Report of the Indian Hemp Drugs Commission, 1894-1895 - Volume V
Year: 1894
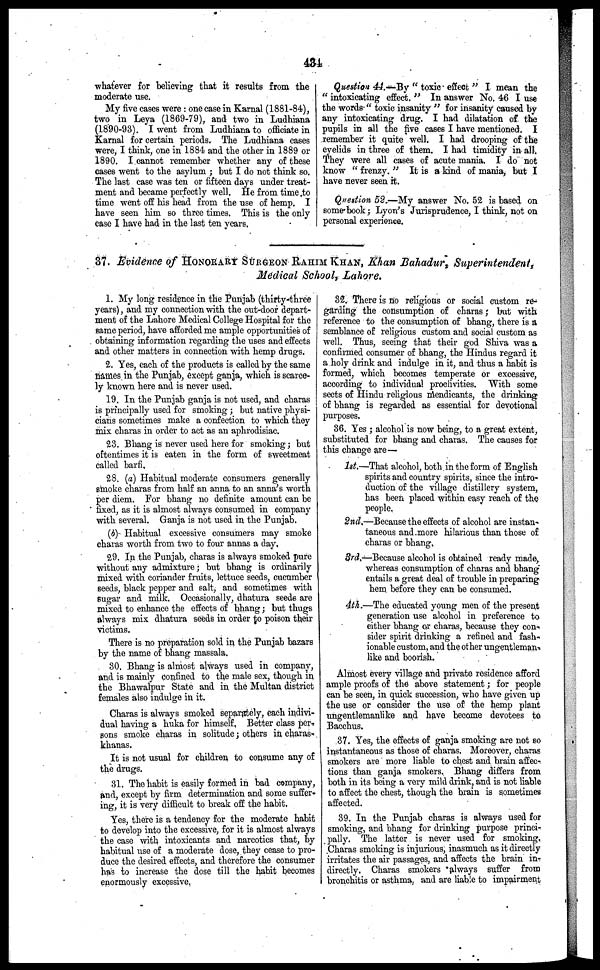
434
whatever for believing that it results from the
moderate use.
My five cases were : one case in Karnal (1881-84),
two in Leya (1869-79), and two in Ludhiana
(1890-93). I went from Ludhiana to officiate in
Karnal for certain periods. The Ludhiana cases
were, I think, one in 1884 and the other in 1889 or
1890. I cannot remember whether any of these
cases went to the asylum ; but I do not think so.
The last case was ten or fifteen days under treat-
ment and became perfectly well. He from time to
time went off his head from the use of hemp. I
have seen him so three times. This is the only
case I have had in the last ten years.
Question 44.—By " toxic effect " I mean the
" intoxicating effect. " In answer No. 46 I use
the words " toxic insanity " for insanity caused by
any intoxicating drug. I had dilatation of the
pupils in all the five cases I have mentioned. I
remember it quite well. I had drooping of the
eyelids in three of them. I had timidity in all.
They were all cases of acute mania. I do not
know " frenzy. " It is a kind of mania, but I
have never seen it.
Question 52.—My answer No. 52 is based on
some book; Lyon's Jurisprudence, I think, not on
personal experience.
37. Evidence of HONORARY SURGEON RAHIM KHAN, Khan Bahadur, Superintendent,
Medical School, Lahore.
1. My long residence in the Punjab (thirty-three
years), and my connection with the out-door depart-
ment of the Lahore Medical College Hospital for the
same period, have afforded me ample opportunities of
obtaining information regarding the uses and effects
and other matters in connection with hemp drugs.
2. Yes, each of the products is called by the same
names in the Punjab, except ganja, which is scarce-
ly known here and is never used.
19. In the Punjab ganja is not used, and charas
is principally used for smoking ; but native physi-
cians sometimes make a confection to which they
mix charas in order to act as an aphrodisiac.
23. Bhang is never used here for smoking; but
oftentimes it is eaten in the form of sweetmeat
called barfi.
29. (a) Habitual moderate consumers generally
smoke charas from half an anna to an anna's worth
per diem. For bhang no definite amount can be
fixed, as it is almost always consumed in company
with several. Ganja is not used in the Punjab.
(b) Habitual excessive consumers may smoke
charas worth from two to four annas a day,
29. In the Punjab, charas is always smoked pure
without any admixture; but bhang is ordinarily
mixed with coriander fruits, lettuce seeds, cucumber
seeds, black pepper and salt, and sometimes with
sugar and milk. Occasionally, dhatura seeds are
mixed to enhance the effects of bhang; but thugs
always mix dhatura seeds in order to poison their
victims.
There is no preparation sold in the Punjab bazars
by the name of bhang massala.
30. Bhang is almost always used in company,
and is mainly confined to the male sex, though in
the Bhawalpur State and in the Multan district
females also indulge in it.
Charas is always smoked separately, each indivi-
dual having a huka for himself. Better class per-
sons smoke charas in solitude; others in charas-
khanas.
It is not usual for children to consume any of
the drugs.
31. The habit is easily formed in bad company,
and, except by firm determination and some suffer-
ing, it is very difficult to break off the habit.
Yes, there is a tendency for the moderate habit
to develop into the excessive, for it is almost always
the case with intoxicants and narcotics that, by
habitual use of a moderate dose, they cease to pro-
duce the desired effects, and therefore the consumer
has to increase the dose till the habit becomes
enormously excessive.
32. There is no religious or social custom re-
garding the consumption of charas; but with
reference to the consumption of bhang, there is a
semblance of religious custom and social custom as
well. Thus, seeing that their god Shiva was a
confirmed consumer of bhang, the Hindus regard it
a holy drink and indulge in it, and thus a habit is
formed, which becomes temperate or excessive,
according to individual proclivities. With some
sects of Hindu religious mendicants, the drinking
of bhang is regarded as essential for devotional
purposes.
36. Yes ; alcohol is now being, to a great extent,
substituted for bhang and charas. The causes for
this change are —
1st.—That alcohol, both in the form of English
spirits and country spirits, since the intro-
duction of the village distillery system,
has been placed within easy reach of the
people.
2nd.—Because the effects of alcohol are instan-
taneous and more hilarious than those of
charas or bhang.
3rd.—Because alcohol is obtained ready made,
whereas consumption of charas and bhang
entails a great deal of trouble in preparing
hem before they can be consumed.
4th.—The educated young men of the present
generation use alcohol in preference to
either bhang or charas, because they con-
sider spirit drinking a refined and fash-
ionable custom, and the other ungentleman-
like and boorish.
Almost every village and private residence afford
ample proofs of the above statement; for people
can be seen, in quick succession, who have given up
the use or consider the use of the hemp plant
ungentlemanlike and have became devotees to
Bacchus.
37. Yes, the effects of ganja smoking are not so
instantaneous as those of charas. Moreover, charas
smokers are more liable to chest and brain affec-
tions than ganja smokers. Bhang differs from
both in its being a very mild drink, and is not liable
to affect the chest, though the brain is sometimes
affected.
39. In the Punjab charas is always used for
smoking, and bhang for drinking purpose princi-
pally. The latter is never used for smoking.
Charas smoking is injurious, inasmuch as it directly
irritates the air passages, and affects the brain in-
directly. Charas smokers always suffer from
bronchitis or asthma, and are liable to impairment